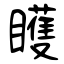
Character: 矆